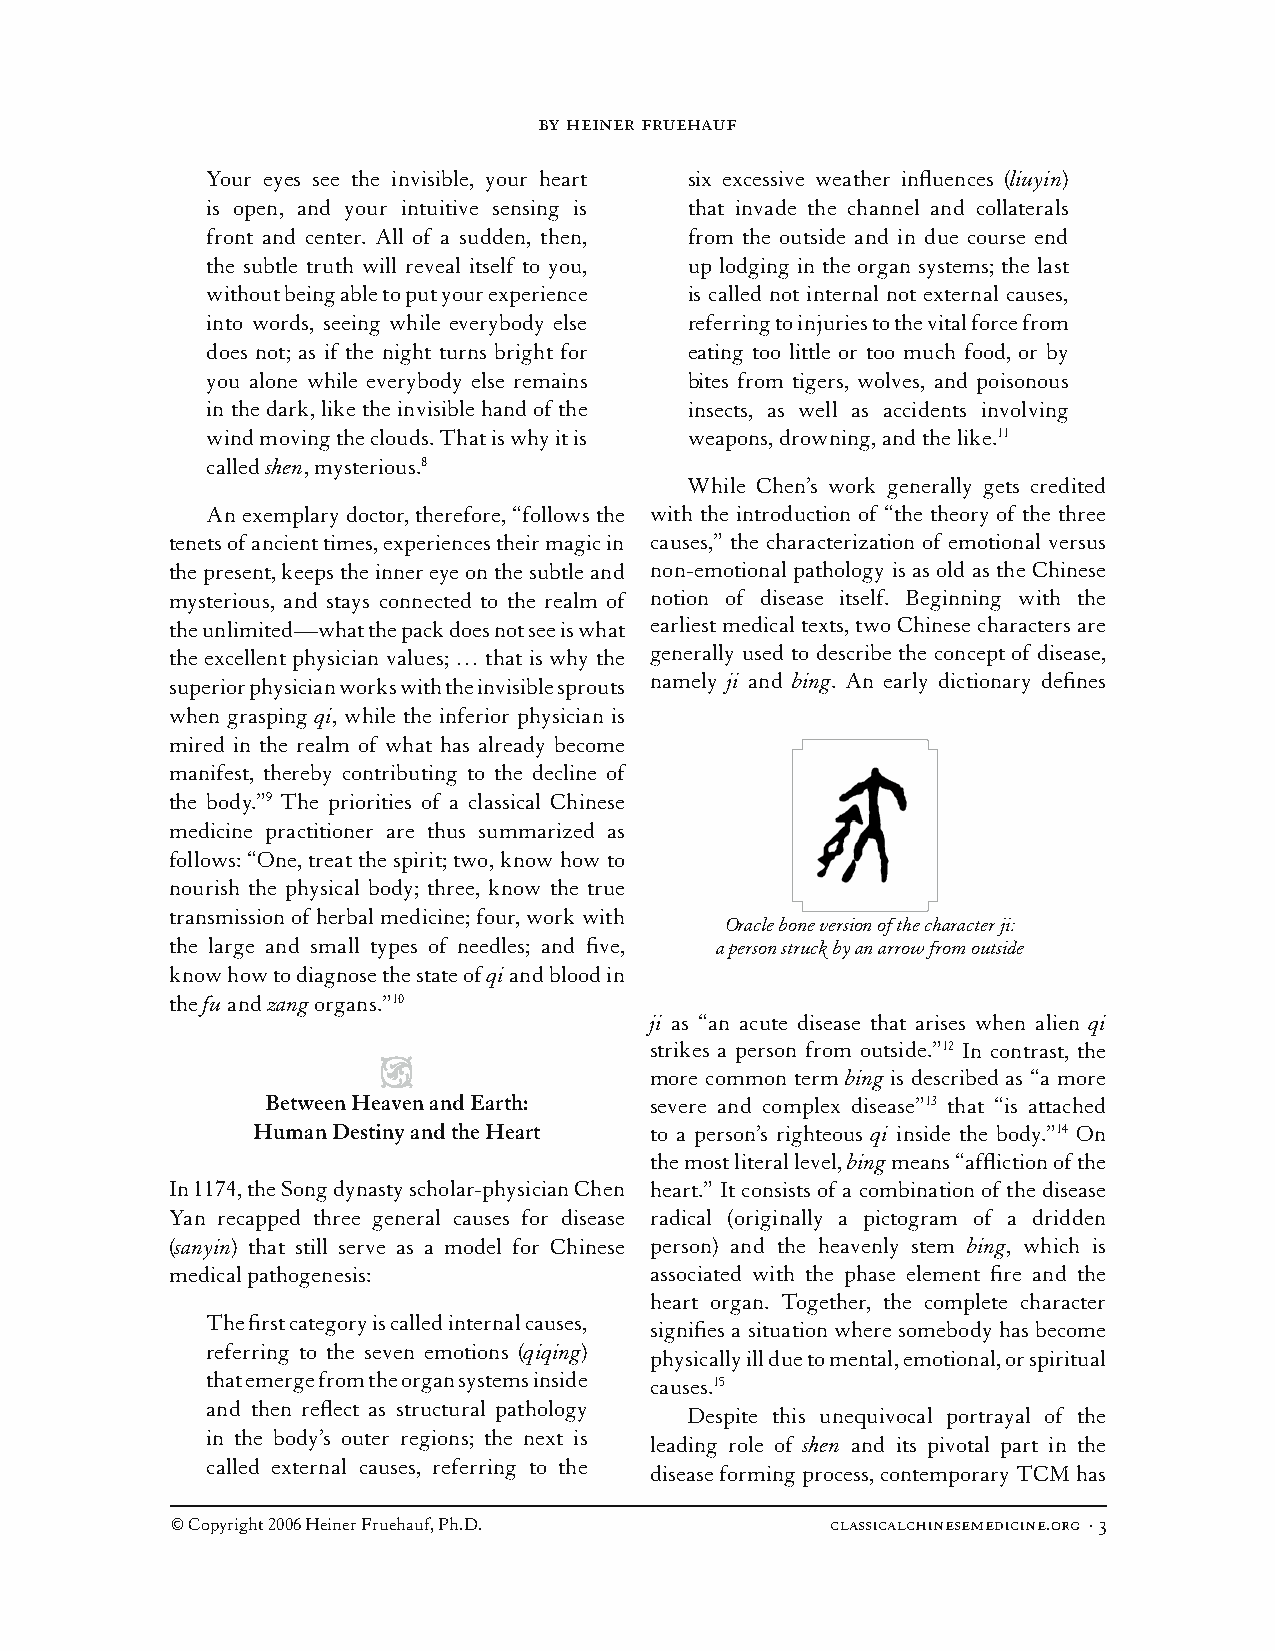
by heiner fruehauf
 Your eyes see the invisible, your heart six excessive weather influences (liuyin)
 is open, and your intuitive sensing is that invade the channel and collaterals
 front and center. All of a sudden, then, from the outside and in due course end
 the subtle truth will reveal itself to you, up lodging in the organ systems; the last
 without being able to put your experience is called not internal not external causes,
 into words, seeing while everybody else referring to injuries to the vital force from
 does not; as if the night turns bright for eating too little or too much food, or by
 you alone while everybody else remains bites from tigers, wolves, and poisonous
 in the dark, like the invisible hand of the insects, as well as accidents involving
 wind moving the clouds. That is why it is weapons, drowning, and the like.11
 called shen, mysterious.8
 While Chen’s work generally gets credited
 An exemplary doctor, therefore, “follows the with the introduction of “the theory of the three
 tenets of ancient times, experiences their magic in causes,” the characterization of emotional versus
 the present, keeps the inner eye on the subtle and non-emotional pathology is as old as the Chinese
 mysterious, and stays connected to the realm of notion of disease itself. Beginning with the
 the unlimited—what the pack does not see is what earliest medical texts, two Chinese characters are
 the excellent physician values; … that is why the generally used to describe the concept of disease,
 superior physician works with the invisible sprouts namely ji and bing. An early dictionary defines
 when grasping qi, while the inferior physician is
 mired in the realm of what has already become
 manifest, thereby contributing to the decline of
 the body.”9 The priorities of a classical Chinese
 medicine practitioner are thus summarized as
 follows: “One, treat the spirit; two, know how to
 nourish the physical body; three, know the true
 transmission of herbal medicine; four, work with
 Oracle bone version of the character ji:
 the large and small types of needles; and five, a person struck by an arrow from outside
 know how to diagnose the state of qi and blood in
 the fu and zang organs.”10
 ji as “an acute disease that arises when alien qi
 strikes a person from outside.”12 In contrast, the
 O
 more common term bing is described as “a more
 Between Heaven and Earth: severe and complex disease”13 that “is attached
 Human Destiny and the Heart to a person’s righteous qi inside the body.”14 On
 the most literal level, bing means “affliction of the
 In 1174, the Song dynasty scholar-physician Chen heart.” It consists of a combination of the disease
 Yan recapped three general causes for disease radical (originally a pictogram of a dridden
 (sanyin) that still serve as a model for Chinese person) and the heavenly stem bing, which is
 medical pathogenesis:           associated with the phase element fire and the
 heart organ. Together, the complete character
 The first category is called internal causes,
 signifies a situation where somebody has become
 referring to the seven emotions (qiqing)
 physically ill due to mental, emotional, or spiritual
 that emerge from the organ systems inside causes.15
 and then reflect as structural pathology
 Despite this unequivocal portrayal of the
 in the body’s outer regions; the next is
 leading role of shen and its pivotal part in the
 called external causes, referring to the
 disease forming process, contemporary TCM has
 © Copyright 2006 Heiner Fruehauf, Ph.D.     classicalchinesemedicine.org · 3